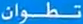
تطوّان